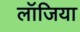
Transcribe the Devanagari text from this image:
लॉजिया